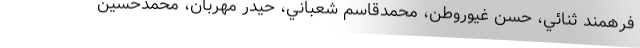
فرهمند ثنائي، حسن غيوروطن، محمدقاسم شعباني، حيدر مهربان، محمدحسين